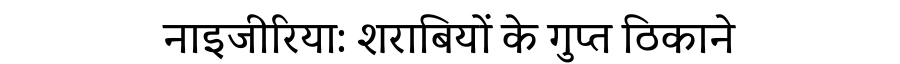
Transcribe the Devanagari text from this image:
नाइजीरिया: शराबियों के गुप्त ठिकाने